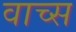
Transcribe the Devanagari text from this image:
वाच्स